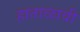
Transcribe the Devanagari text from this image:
हाताळावी